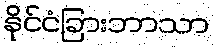
နိုင်ငံခြားဘာသာ